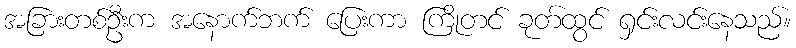
အခြားတစ်ဦးက အနောက်ဘက် ပြေးကာ ကြိုတင် ခုတ်ထွင် ရှင်းလင်းနေသည်။